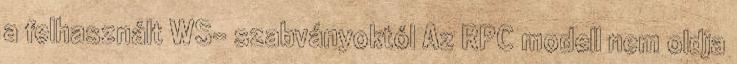
a felhasznált WS- szabványoktól Az RPC modell nem oldja